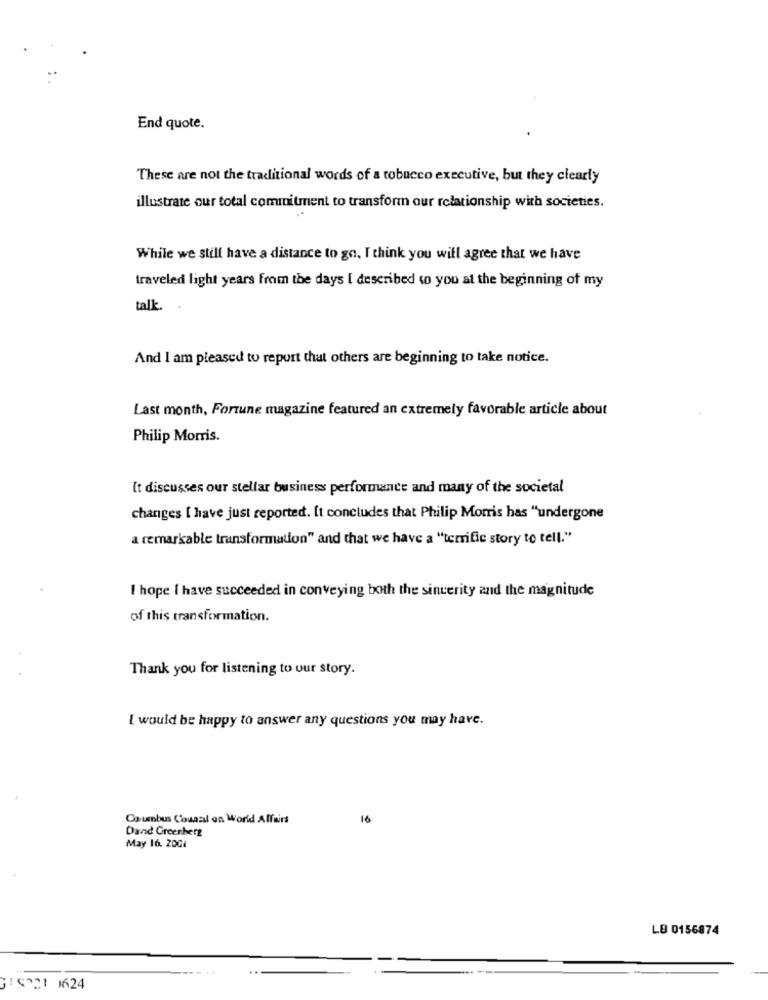
End quote.
These are not the traditional words of a tobacco executive, but they clearly
illustrate our total commitment to transform our relationship with societies.
While we still have a distance to go, I think you will agree that we have
traveled light years from the days [ described to you at the beginning of my
talk.
And I am pleased to report that others are beginning to take notice.
Last month, Fortune magazine featured an extremely favorable article about
Philip Morris.
It discusses our stellar business performance and many of the societal
changes [ have just reported. [t concludes that Philip Morris has "undergone
a remarkable transformation" and that we have a "terrific story to tell."
I hope i have succeeded in conveying both the sincerity and the magnitude
of this transformation.
Thank you for listening to our story.
I would be happy to answer any questions you may have.
Columbus Council on World Affairs
16
Dand Greenberg
May 16. 200i
LB 0156874
GIS221 1624